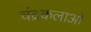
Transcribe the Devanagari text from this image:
चंद्रकलाओं